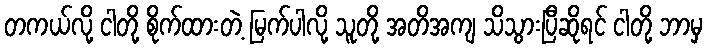
တကယ်လို့ ငါတို့ စိုက်ထားတဲ့ မြက်ပါလို့ သူတို့ အတိအကျ သိသွားပြီဆိုရင် ငါတို့ ဘာမှ